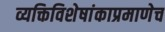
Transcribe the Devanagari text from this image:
व्यक्तिविशेषांकाप्रमाणेच